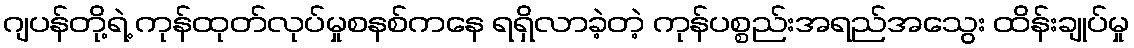
ဂျပန်တို့ရဲ့ ကုန်ထုတ်လုပ်မှုစနစ်ကနေ ရရှိလာခဲ့တဲ့ ကုန်ပစ္စည်းအရည်အသွေး ထိန်းချုပ်မှု